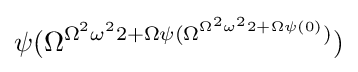
\psi (\Omega ^{\Omega ^{2}\omega ^{2}2+\Omega \psi (\Omega ^{\Omega ^{2}\omega ^{2}2+\Omega \psi (0)})})